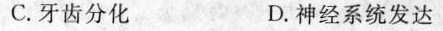
C.牙齿分化 D.神经系统发达